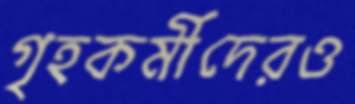
গৃহকর্মীদেরও